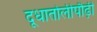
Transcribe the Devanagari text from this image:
दूधातोलीपौढ़ी